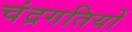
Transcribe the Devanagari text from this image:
चंद्रगतियों